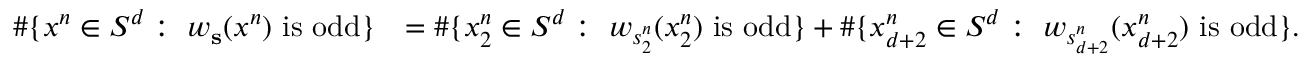
\begin{array} { r l } { \# \{ x ^ { n } \in S ^ { d } : \ w _ { \mathbf { s } } ( x ^ { n } ) \mathrm { ~ i s ~ o d d } \} } & { = \# \{ x _ { 2 } ^ { n } \in S ^ { d } : \ w _ { s _ { 2 } ^ { n } } ( x _ { 2 } ^ { n } ) \mathrm { ~ i s ~ o d d } \} + \# \{ x _ { d + 2 } ^ { n } \in S ^ { d } : \ w _ { s _ { d + 2 } ^ { n } } ( { x _ { d + 2 } ^ { n } } ) \mathrm { ~ i s ~ o d d } \} . } \end{array}